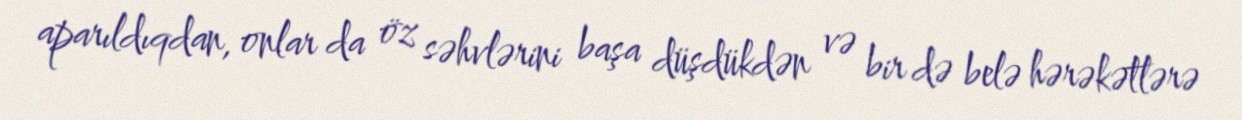
aparıldıqdan, onlar da öz səhvlərini başa düşdükdən və bir də belə hərəkətlərə